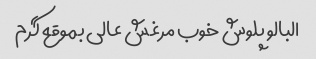
البالو پلوش خوب مرغش عالی بموقع گرم